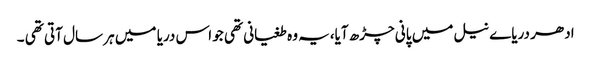
ادھر دریاے نیل میں پانی چڑھ آیا،یہ وہ طغیانی تھی جو اس دریا میں ہر سال آتی تھی ۔